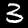
Digit: 3